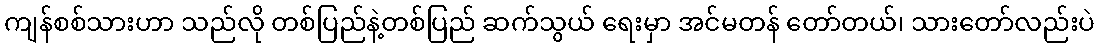
ကျန်စစ်သားဟာ သည်လို တစ်ပြည်နဲ့တစ်ပြည် ဆက်သွယ် ရေးမှာ အင်မတန် တော်တယ်၊ သားတော်လည်းပဲ